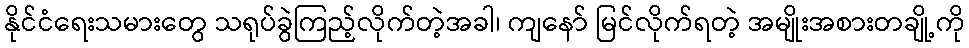
နိုင်ငံရေးသမားတွေ သရုပ်ခွဲကြည့်လိုက်တဲ့အခါ၊ ကျနော် မြင်လိုက်ရတဲ့ အမျိုးအစားတချို့ကို